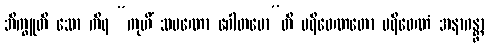
ဘိက္ခူတိ သော ကိရ “ကုဟိံ သမဏော ဂေါတမော”တိ ပရိဝေဏတော ပရိဝေဏံ အနာဂန္တွာ